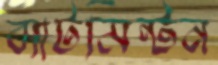
ব্যাটমিন্টন